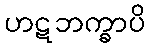
ဟဋဘက္ခာပိ